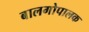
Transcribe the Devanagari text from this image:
बालगोपालक